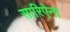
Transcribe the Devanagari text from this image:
सारिऐना